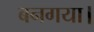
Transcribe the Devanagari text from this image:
बनगया।